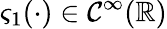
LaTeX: \varsigma_{1}(\cdot)\in\mathcal{C}^{\infty}(\mathbb{{R}})